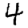
Digit: 4